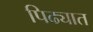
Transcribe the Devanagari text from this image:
पिढ्यात